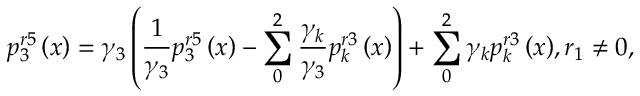
p _ { 3 } ^ { r 5 } \left( x \right) = { { \gamma } _ { 3 } } \left( \frac { 1 } { { { \gamma } _ { 3 } } } p _ { 3 } ^ { r 5 } \left( x \right) - \sum _ { 0 } ^ { 2 } { \frac { { { \gamma } _ { k } } } { { { \gamma } _ { 3 } } } p _ { k } ^ { r 3 } \left( x \right) } \right) + \sum _ { 0 } ^ { 2 } { { { \gamma } _ { k } } p _ { k } ^ { r 3 } \left( x \right) } , { { r } _ { 1 } } \ne 0 ,